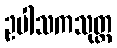
ဥပါသကသုတ္တ